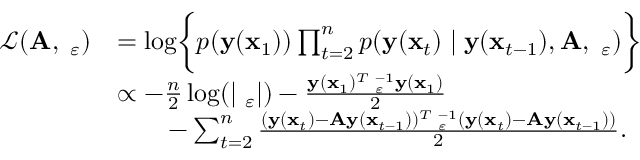
\begin{array} { r l } { \mathcal L ( \mathbf A , \mathbf \Sigma _ { \varepsilon } ) } & { = \log \biggl \{ p ( \mathbf y ( \mathbf x _ { 1 } ) ) \prod _ { t = 2 } ^ { n } p ( \mathbf y ( \mathbf x _ { t } ) \mid \mathbf y ( \mathbf x _ { t - 1 } ) , \mathbf A , \mathbf \Sigma _ { \varepsilon } ) \biggl \} } \\ & { \propto - \frac { n } { 2 } \log ( | \mathbf \Sigma _ { \varepsilon } | ) - \frac { \mathbf y ( \mathbf x _ { 1 } ) ^ { T } \mathbf \Sigma _ { \varepsilon } ^ { - 1 } \mathbf y ( \mathbf x _ { 1 } ) } { 2 } } \\ & { \qquad - \sum _ { t = 2 } ^ { n } \frac { ( \mathbf y ( \mathbf x _ { t } ) - \mathbf A \mathbf y ( \mathbf x _ { t - 1 } ) ) ^ { T } \mathbf \Sigma _ { \varepsilon } ^ { - 1 } ( \mathbf y ( \mathbf x _ { t } ) - \mathbf A \mathbf y ( \mathbf x _ { t - 1 } ) ) } { 2 } . } \end{array}